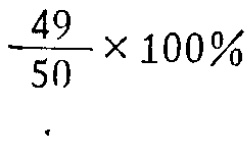
$\frac{49}{50} \times 100\%$